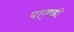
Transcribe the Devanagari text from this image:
पार्टही